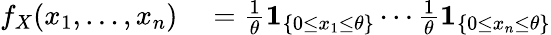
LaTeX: \begin{array}{rl}{f_{X}(x_{1},\ldots,x_{n})}&{{}={\frac{1}{\theta}}\mathbf{1}_{\{ 0\leq x_{1}\leq\theta\} }\cdots{\frac{1}{\theta}}\mathbf{1}_{\{ 0\leq x_{n}\leq\theta\} }}\end{array}